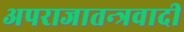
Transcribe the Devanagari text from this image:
अपराजातन्त्रवादी